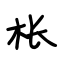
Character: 枨